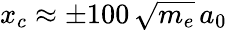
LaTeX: x_{c}\approx\pm 100\, \sqrt{m_{e}}\, a_{0}